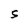
Character: S